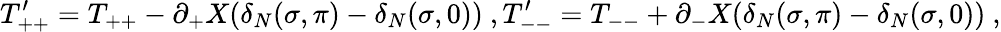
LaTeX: T_{++}^{\prime}=T_{++}-\partial_{+}X(\delta_{N}(\sigma,\pi)-\delta_{N}(\sigma,0))\ ,T_{--}^{\prime}=T_{--}+\partial_{-}X(\delta_{N}(\sigma,\pi)-\delta_{N}(\sigma,0))\ ,